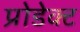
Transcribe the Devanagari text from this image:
प्रोडेक्ट